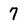
Character: 7